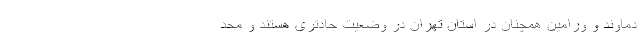
دماوند و ورامین همچنان در استان تهران در وضعیت حادتری هستند و محد